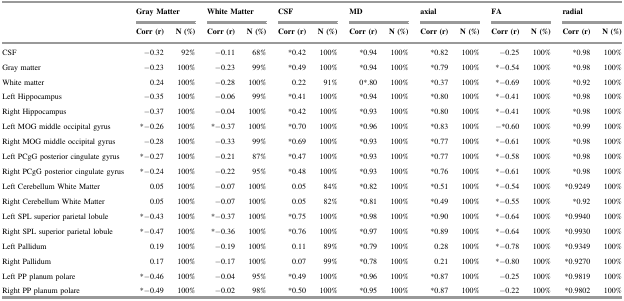
<table><thead><tr><td rowspan="2"></td><td colspan="2"><b>Gray Matter</b></td><td colspan="2"><b>White Matter</b></td><td colspan="2"><b>CSF</b></td><td colspan="2"><b>MD</b></td><td colspan="2"><b>axial</b></td><td colspan="2"><b>FA</b></td><td colspan="2"><b>radial</b></td></tr><tr><td><b>Corr (r)</b></td><td><b>N (%)</b></td><td><b>Corr (r)</b></td><td><b>N (%)</b></td><td><b>Corr (r)</b></td><td><b>N (%)</b></td><td><b>Corr (r)</b></td><td><b>N (%)</b></td><td><b>Corr (r)</b></td><td><b>N (%)</b></td><td><b>Corr (r)</b></td><td><b>N (%)</b></td><td><b>Corr (r)</b></td><td><b>N (%)</b></td></tr></thead><tbody><tr><td>CSF</td><td>−0.32</td><td>92%</td><td>−0.11</td><td>68%</td><td>*0.42</td><td>100%</td><td>*0.94</td><td>100%</td><td>*0.82</td><td>100%</td><td>−0.25</td><td>100%</td><td>*0.98</td><td>100%</td></tr><tr><td>Gray matter</td><td>−0.23</td><td>100%</td><td>−0.23</td><td>99%</td><td>*0.49</td><td>100%</td><td>*0.94</td><td>100%</td><td>*0.79</td><td>100%</td><td>*−0.54</td><td>100%</td><td>*0.98</td><td>100%</td></tr><tr><td>White matter</td><td>0.24</td><td>100%</td><td>−0.28</td><td>100%</td><td>0.22</td><td>91%</td><td>0*.80</td><td>100%</td><td>*0.37</td><td>100%</td><td>*−0.69</td><td>100%</td><td>*0.92</td><td>100%</td></tr><tr><td>Left Hippocampus</td><td>−0.35</td><td>100%</td><td>−0.06</td><td>99%</td><td>*0.41</td><td>100%</td><td>*0.94</td><td>100%</td><td>*0.80</td><td>100%</td><td>*−0.41</td><td>100%</td><td>*0.98</td><td>100%</td></tr><tr><td>Right Hippocampus</td><td>−0.37</td><td>100%</td><td>−0.04</td><td>100%</td><td>*0.42</td><td>100%</td><td>*0.93</td><td>100%</td><td>*0.80</td><td>100%</td><td>*−0.41</td><td>100%</td><td>*0.98</td><td>100%</td></tr><tr><td>Left MOG middle occipital gyrus</td><td>*−0.26</td><td>100%</td><td>*−0.37</td><td>100%</td><td>*0.70</td><td>100%</td><td>*0.96</td><td>100%</td><td>*0.83</td><td>100%</td><td>−*0.60</td><td>100%</td><td>*0.99</td><td>100%</td></tr><tr><td>Right MOG middle occipital gyrus</td><td>−0.28</td><td>100%</td><td>−0.33</td><td>99%</td><td>*0.69</td><td>100%</td><td>*0.93</td><td>100%</td><td>*0.77</td><td>100%</td><td>*−0.61</td><td>100%</td><td>*0.98</td><td>100%</td></tr><tr><td>Left PCgG posterior cingulate gyrus</td><td>*−0.27</td><td>100%</td><td>−0.21</td><td>87%</td><td>*0.47</td><td>100%</td><td>*0.93</td><td>100%</td><td>*0.77</td><td>100%</td><td>*−0.58</td><td>100%</td><td>*0.98</td><td>100%</td></tr><tr><td>Right PCgG posterior cingulate gyrus</td><td>*−0.24</td><td>100%</td><td>−0.22</td><td>95%</td><td>*0.48</td><td>100%</td><td>*0.93</td><td>100%</td><td>*0.76</td><td>100%</td><td>*−0.61</td><td>100%</td><td>*0.98</td><td>100%</td></tr><tr><td>Left Cerebellum White Matter</td><td>0.05</td><td>100%</td><td>−0.07</td><td>100%</td><td>0.05</td><td>84%</td><td>*0.82</td><td>100%</td><td>*0.51</td><td>100%</td><td>*−0.54</td><td>100%</td><td>*0.9249</td><td>100%</td></tr><tr><td>Right Cerebellum White Matter</td><td>0.05</td><td>100%</td><td>−0.07</td><td>100%</td><td>0.05</td><td>82%</td><td>*0.81</td><td>100%</td><td>*0.49</td><td>100%</td><td>*−0.55</td><td>100%</td><td>*0.92</td><td>100%</td></tr><tr><td>Left SPL superior parietal lobule</td><td>*−0.43</td><td>100%</td><td>*−0.37</td><td>100%</td><td>*0.75</td><td>100%</td><td>*0.98</td><td>100%</td><td>*0.90</td><td>100%</td><td>*−0.64</td><td>100%</td><td>*0.9940</td><td>100%</td></tr><tr><td>Right SPL superior parietal lobule</td><td>*−0.47</td><td>100%</td><td>*−0.36</td><td>100%</td><td>*0.76</td><td>100%</td><td>*0.97</td><td>100%</td><td>*0.89</td><td>100%</td><td>*−0.64</td><td>100%</td><td>*0.9930</td><td>100%</td></tr><tr><td>Left Pallidum</td><td>0.19</td><td>100%</td><td>−0.19</td><td>100%</td><td>0.11</td><td>89%</td><td>*0.79</td><td>100%</td><td>0.28</td><td>100%</td><td>*−0.78</td><td>100%</td><td>*0.9349</td><td>100%</td></tr><tr><td>Right Pallidum</td><td>0.17</td><td>100%</td><td>−0.17</td><td>100%</td><td>0.07</td><td>99%</td><td>*0.78</td><td>100%</td><td>0.21</td><td>100%</td><td>*−0.80</td><td>100%</td><td>*0.9270</td><td>100%</td></tr><tr><td>Left PP planum polare</td><td>*−0.46</td><td>100%</td><td>−0.04</td><td>95%</td><td>*0.49</td><td>100%</td><td>*0.96</td><td>100%</td><td>*0.87</td><td>100%</td><td>−0.25</td><td>100%</td><td>*0.9819</td><td>100%</td></tr><tr><td>Right PP planum polare</td><td>*−0.49</td><td>100%</td><td>−0.02</td><td>98%</td><td>*0.50</td><td>100%</td><td>*0.95</td><td>100%</td><td>*0.87</td><td>100%</td><td>−0.22</td><td>100%</td><td>*0.9802</td><td>100%</td></tr></tbody></table>